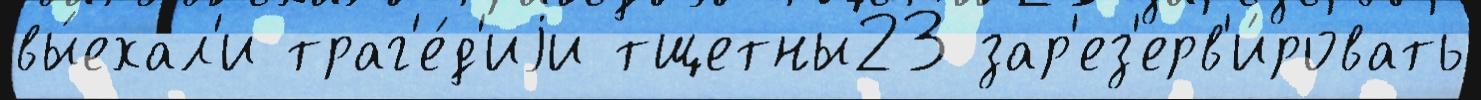
вы́ехал'и траг'е́д'иjи тщетны23 зар'ез'ерв'и́ровать